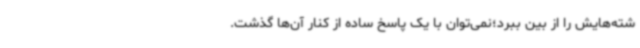
شته‌هایش را از بین ببرد؛نمی‌توان با یک پاسخ ساده از کنار آن‌ها گذشت.